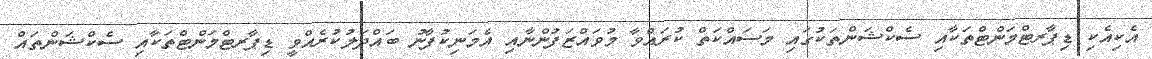
އެކިއެކި ޑިޕާރޓްމަންޓްތަކާއި ސެކްޝަންތަކުގައި މަސައްކަތް ކުރައްވާ މުވައްޒަފުންނާއި އެމަނިކުފާނު ބައްދަލުކުރެއްވީ ޑިޕާރޓްމަންޓްތަކާއި ސެކްޝަންތައް